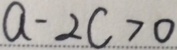
a - 2 c > 0